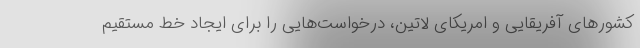
کشورهای آفریقایی و امریکای لاتین، درخواست‌هایی را برای ایجاد خط مستقیم